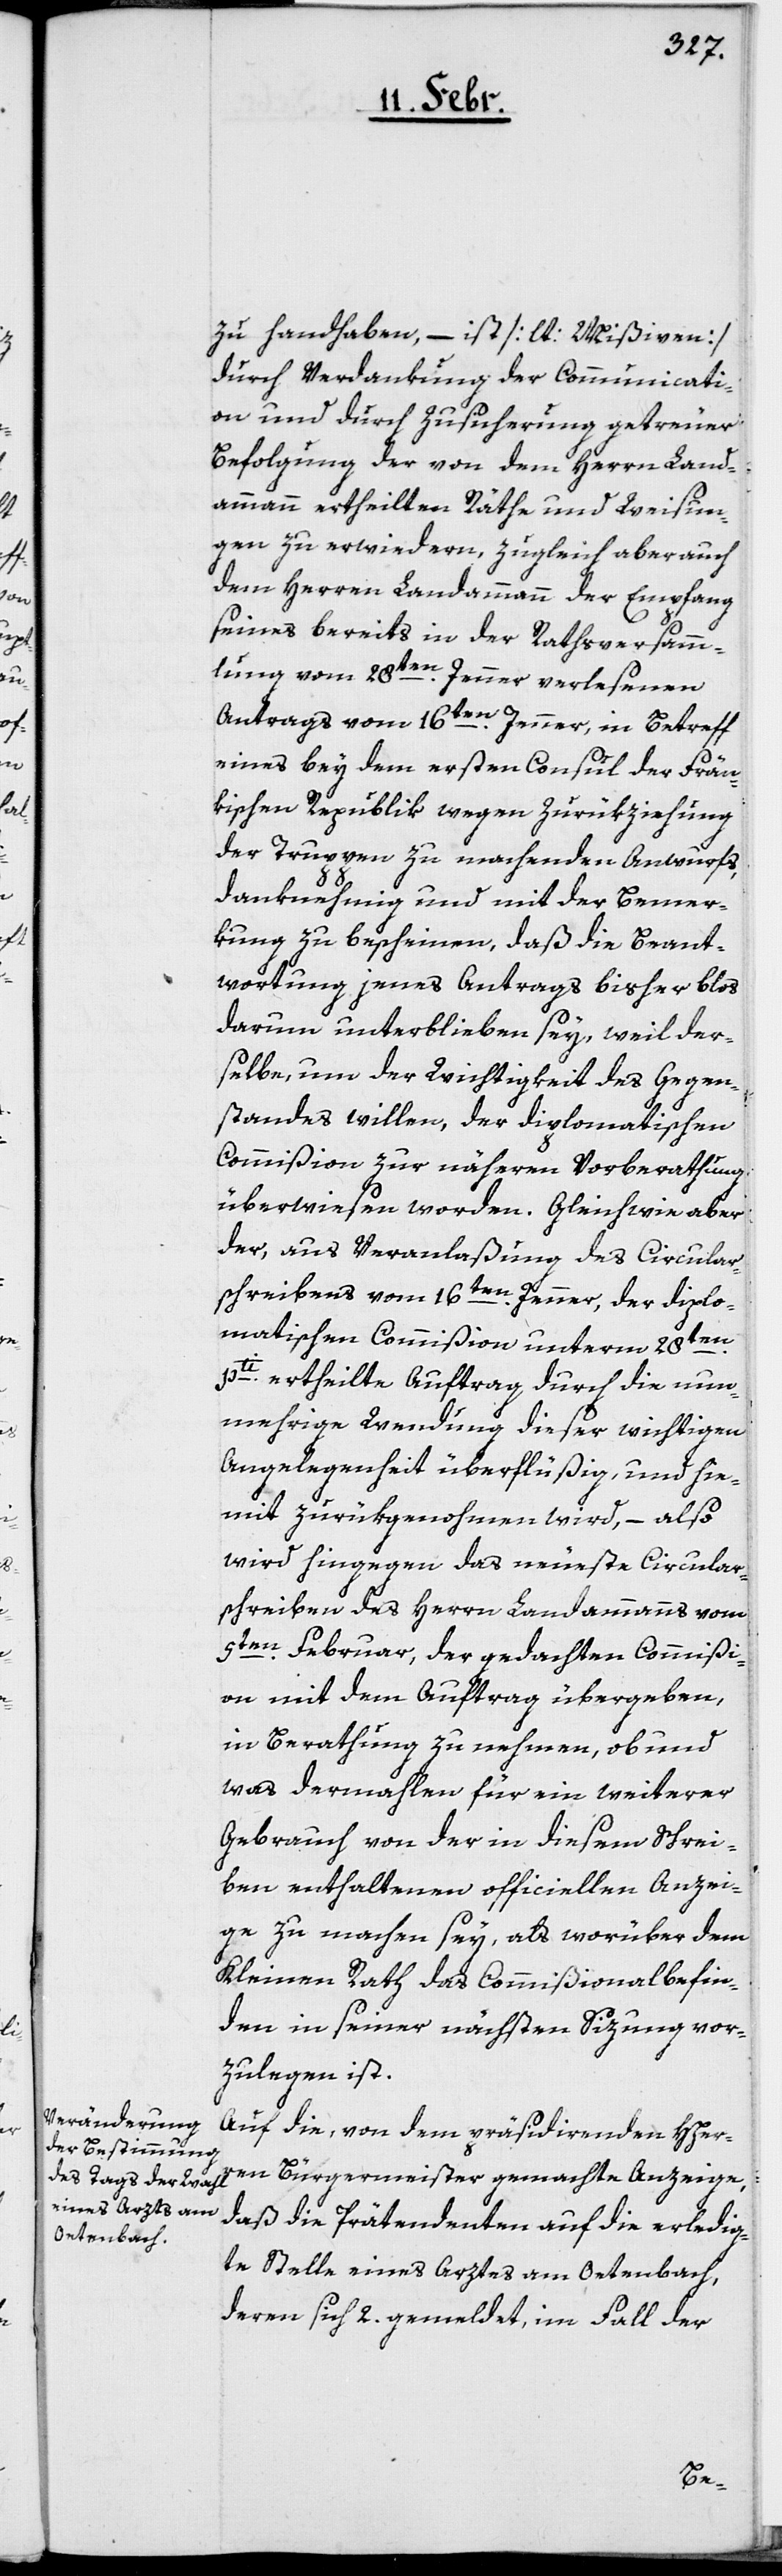
zu handhaben, – ist [lt. Mißiven]
durch Verdankung der Communicati¬
on und durch Zusicherung getreuer
Befolgung der von dem Herrn Land¬
ammann ertheilten Räthe und Weisun¬
gen zu erwiedern, zugleich aber auch
dem Herren Landammann der Empfang
seines bereits in der Rathsversamm¬
lung vom 28ten. Jenner, verlesenen
Antrags vom 16t¬
en. Jenner, in Betreff
eines bey dem ersten Consul der Frän¬
kischen Republik wegen Zurükziehung
der Truppen zu machenden Anwurfs,
danknehmig und mit der Bemer¬
kung zu bescheinen, daß die Beant¬
wortung jenes Antrags bisher blos
darum unterblieben sey, weil der¬
selbe um der Wichtigkeit des Gegen¬
standes willen, der diplomatischen
Commißion zu näheren Vorberathung
überwiesen worden. Gleichwie aber
der, aus Veranlaßung des Circular¬
schreibens vom 16ten. Jenner, der diplo¬
matischen Commißion unterm 28ten.
pti. ertheilte Auftrag, durch die nun¬
mehrige Wendung dieser wichtigen
Angelegenheit überflüßig, und hie¬
mit zurükgenohmen wird, – also
wird hingegen das neueste Circular¬
schreiben des Herrn Landammans vom
5ten. Februar, der gedachten Commißi¬
on mit dem Auftrag übergeben,
in Berathung zu nehmen, ob und
was dermahlen für ein weiterer
Gebrauch von der in diesem Schrei¬
ben enthaltenen officiellen Anzei¬
ge zu machen sey, als worüber dem
Kleinen Rath das Commißionalbefin¬
den in seiner nächsten Sizung vor¬
zulegen ist.
Auf die, von dem präsidirenden HHer¬
ren Burgermeister gemachte Anzeige,
daß die Prätendenten auf die erledig¬
te Stelle eines Arztes am Oetenbach,
deren sich 2. gemeldet, im Fall der